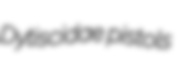
Dytiscidae pistols